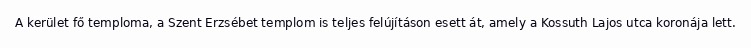
A kerület fő temploma, a Szent Erzsébet templom is teljes felújításon esett át, amely a Kossuth Lajos utca koronája lett.